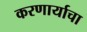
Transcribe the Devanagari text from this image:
करणार्याचा